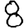
Digit: 8